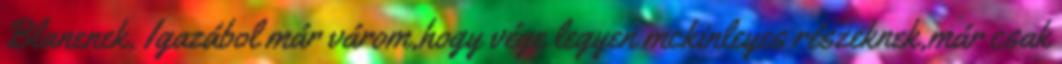
Blanenek. Igazábol már várom,hogy vége legyen mckinleyes részeknek,már csak